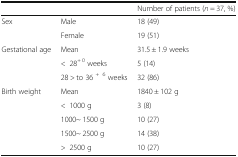
|  |  | Number of patients (n = 37, %) |
 | --- | --- | --- |
 | <ROWSPAN=2> Sex | Male | 18 (49) |
 | Female | 19 (51) |
 | <ROWSPAN=3> Gestational age | Mean | 31.5 ± 1.9 weeks |
 | <28+ 0 weeks | 5 (14) |
 | 28 > to 36 +6 weeks | 32 (86) |
 | <ROWSPAN=5> Birth weight | Mean | 1840 ± 102 g |
 | <1000 g | 3 (8) |
 | 1000~ 1500 g | 10 (27) |
 | 1500~ 2500 g | 14 (38) |
 | >2500 g | 10 (27) |